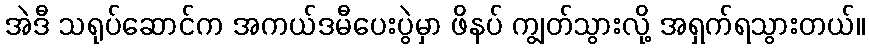
အဲဒီ သရုပ်ဆောင်က အကယ်ဒမီပေးပွဲမှာ ဖိနပ် ကျွတ်သွားလို့ အရှက်ရသွားတယ်။